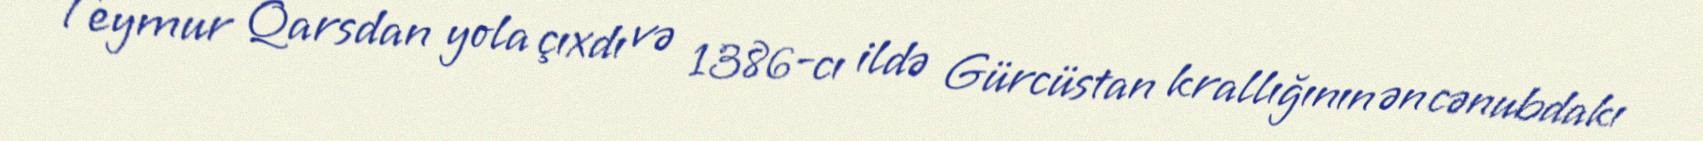
Teymur Qarsdan yola çıxdı və 1386-cı ildə Gürcüstan krallığının ən cənubdakı